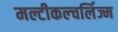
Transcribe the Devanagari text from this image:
मल्टीकल्चर्लिज्म